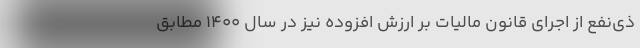
ذی‌نفع از اجرای قانون مالیات بر ارزش افزوده نیز در سال ۱۴۰۰ مطابق